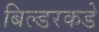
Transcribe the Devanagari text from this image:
बिल्डरकडे